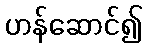
ဟန်ဆောင်၍